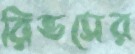
রিভসের